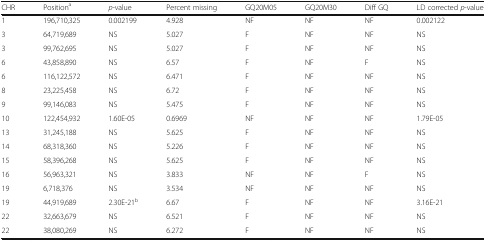
<table><thead><tr><td><b>CHR</b></td><td><b>Position<sup>a</sup></b></td><td><b><i>p</i>-value</b></td><td><b>Percent missing</b></td><td><b>GQ20M05</b></td><td><b>GQ20M30</b></td><td><b>Diff GQ</b></td><td><b>LD corrected <i>p</i>-value</b></td></tr></thead><tbody><tr><td>1</td><td>196,710,325</td><td>0.002199</td><td>4.928</td><td>NF</td><td>NF</td><td>NF</td><td>0.002122</td></tr><tr><td>3</td><td>64,719,689</td><td>NS</td><td>5.027</td><td>F</td><td>NF</td><td>NF</td><td>NS</td></tr><tr><td>3</td><td>99,762,695</td><td>NS</td><td>5.027</td><td>F</td><td>NF</td><td>NF</td><td>NS</td></tr><tr><td>6</td><td>43,858,890</td><td>NS</td><td>6.57</td><td>F</td><td>NF</td><td>F</td><td>NS</td></tr><tr><td>6</td><td>116,122,572</td><td>NS</td><td>6.471</td><td>F</td><td>NF</td><td>NF</td><td>NS</td></tr><tr><td>8</td><td>23,225,458</td><td>NS</td><td>6.72</td><td>F</td><td>NF</td><td>NF</td><td>NS</td></tr><tr><td>9</td><td>99,146,083</td><td>NS</td><td>5.475</td><td>F</td><td>NF</td><td>NF</td><td>NS</td></tr><tr><td>10</td><td>122,454,932</td><td>1.60E-05</td><td>0.6969</td><td>NF</td><td>NF</td><td>NF</td><td>1.79E-05</td></tr><tr><td>13</td><td>31,245,188</td><td>NS</td><td>5.625</td><td>F</td><td>NF</td><td>NF</td><td>NS</td></tr><tr><td>14</td><td>68,318,360</td><td>NS</td><td>5.226</td><td>F</td><td>NF</td><td>NF</td><td>NS</td></tr><tr><td>15</td><td>58,396,268</td><td>NS</td><td>5.625</td><td>F</td><td>NF</td><td>NF</td><td>NS</td></tr><tr><td>16</td><td>56,963,321</td><td>NS</td><td>3.833</td><td>NF</td><td>NF</td><td>F</td><td>NS</td></tr><tr><td>19</td><td>6,718,376</td><td>NS</td><td>3.534</td><td>NF</td><td>NF</td><td>NF</td><td>NS</td></tr><tr><td>19</td><td>44,919,689</td><td>2.30E-21<sup>b</sup></td><td>6.67</td><td>F</td><td>NF</td><td>NF</td><td>3.16E-21</td></tr><tr><td>22</td><td>32,663,679</td><td>NS</td><td>6.521</td><td>F</td><td>NF</td><td>NF</td><td>NS</td></tr><tr><td>22</td><td>38,080,269</td><td>NS</td><td>6.272</td><td>F</td><td>NF</td><td>NF</td><td>NS</td></tr></tbody></table>